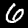
Digit: 6